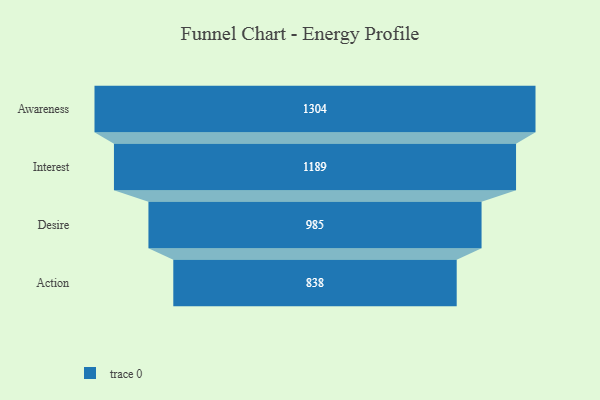
{"axis": {"x": "Stage", "y": "Value"}, "legend": [""], "data": [{"x": "Awareness", "y": 1304.0, "type": ""}, {"x": "Interest", "y": 1189.0, "type": ""}, {"x": "Desire", "y": 985.0, "type": ""}, {"x": "Action", "y": 838.0, "type": ""}]}